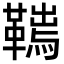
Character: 𩌮